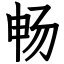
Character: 畅